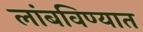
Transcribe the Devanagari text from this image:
लांबविण्यात